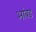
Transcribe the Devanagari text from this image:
आंबड